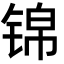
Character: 锦